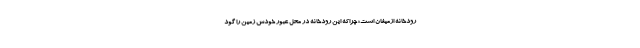
رودخانه ازمیغان است؛ چراکه این رودخانه در محل عبور خودش زمین را گود